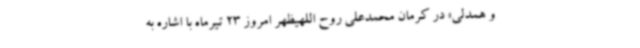
و همدلی» در کرمان محمدعلی روح اللهیظهر امروز 23 تیرماه با اشاره به